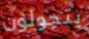
يتجولون